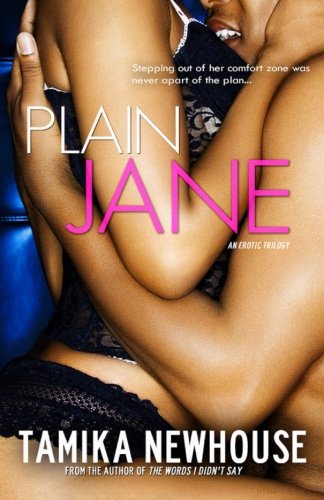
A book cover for Plain Jane; Tamika Newhouse; Romance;